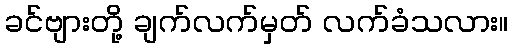
ခင်ဗျားတို့ ချက်လက်မှတ် လက်ခံသလား။